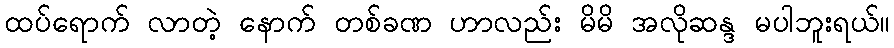
ထပ်ရောက် လာတဲ့ နောက် တစ်ခဏ ဟာလည်း မိမိ အလိုဆန္ဒ မပါဘူးရယ်။